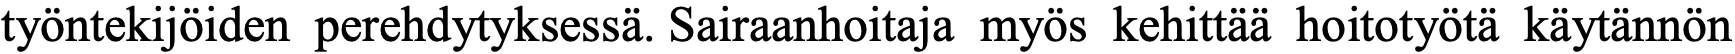
työntekijöiden perehdytyksessä. Sairaanhoitaja myös kehittää hoitotyötä käytännön